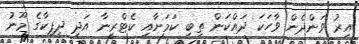
އިރު ވަންދެން ވާހަކަ ދައްކަން ތިބި ކަމަށާއި ކެޓްރީނާ އަދި ދީޕިކާގެ މޫނު